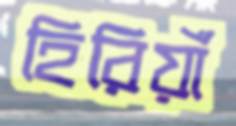
হিরিয়াঁ